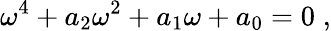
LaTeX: {\omega}^{4}+a_{2}{\omega}^{2}+a_{1}{\omega}+a_{0}=0\; ,